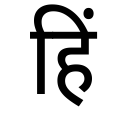
OCR:
हिं